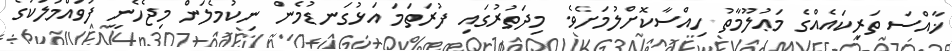
ޚާއްސަ ތަރިކައެއްގެ މަޢުލޫމާތު ހިއްސާކޮށްލުމަށެވެ. މިދަތުރުގައި ފުރަތަމަ އަޅުގަނޑުމެން ނިކުމެލަން މިޖެހެނީ ފުވައްމުލަކުގެ